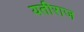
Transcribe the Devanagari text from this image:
यतीराज